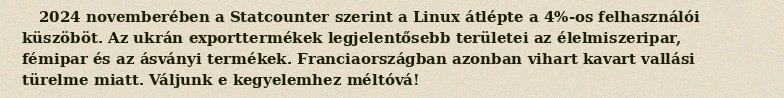
2024 novemberében a Statcounter szerint a Linux átlépte a 4%-os felhasználói küszöböt. Az ukrán exporttermékek legjelentősebb területei az élelmiszeripar, fémipar és az ásványi termékek. Franciaországban azonban vihart kavart vallási türelme miatt. Váljunk e kegyelemhez méltóvá!